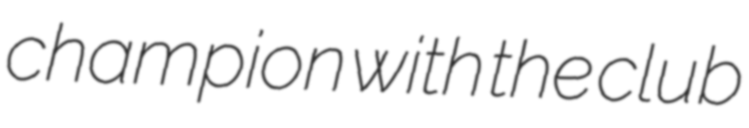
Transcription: champion with the club